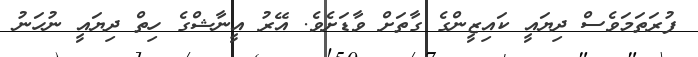
ފުރަތަމަވެސް ދިޔައީ ކައިޒީންގެ ގާތަށް ވާޑަށެވެ. އޭރު އީނާޝްގެ ހިތް ދިޔައީ ނުހަނު